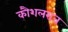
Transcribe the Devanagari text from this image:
कौशलराज